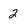
Character: 2